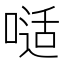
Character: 𠻉